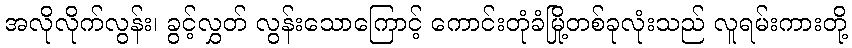
အလိုလိုက်လွန်း၊ ခွင့်လွှတ် လွန်းသောကြောင့် ကောင်းတုံခံမြို့တစ်ခုလုံးသည် လူရမ်းကားတို့